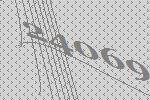
24069